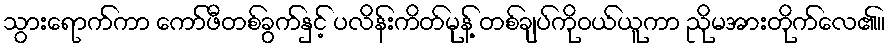
သွားရောက်ကာ ကော်ဖီတစ်ခွက်နှင့် ပလိန်းကိတ်မုန့် တစ်ချပ်ကိုဝယ်ယူကာ ညိုမအားတိုက်လေ၏။